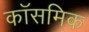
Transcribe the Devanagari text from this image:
कॉसमिक